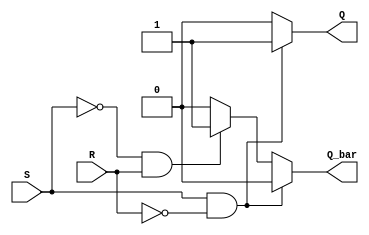
module sr_latch (
    input wire S,
    input wire R,
    output reg Q,
    output reg Q_bar
);

always @(S, R)
begin
    if (S == 1 && R == 0) // Set state
    begin
        Q <= 1;
        Q_bar <= 0;
    end
    else if (S == 0 && R == 1) // Reset state
    begin
        Q <= 0;
        Q_bar <= 1;
    end
    else // Undefined state
    begin
        Q <= 0;
        Q_bar <= 0;
    end
end

endmodule